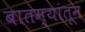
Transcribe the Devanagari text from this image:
बातम्यांतून